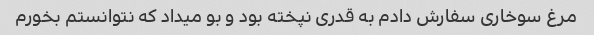
مرغ سوخاری سفارش دادم به قدری نپخته بود و بو میداد که نتوانستم بخورم